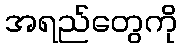
အရည်တွေကို